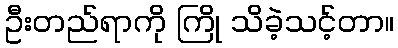
ဦးတည်ရာကို ကြို သိခဲ့သင့်တာ။